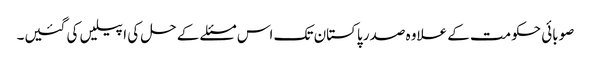
صوبائی حکومت کے علاوہ صدر پاکستان تک اس مسئلے کے حل کی اپیلیں کی گئیں۔